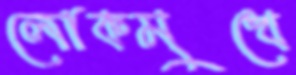
লোকমুখে